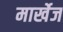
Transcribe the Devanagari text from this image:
मार्खेज